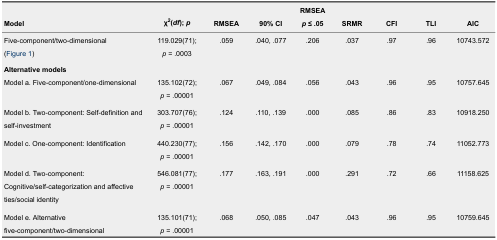
| Model | χ2(df); p | RMSEA | 90% CI | RMSEAp ≤ .05 | SRMR | CFI | TLI | AIC |
 | --- | --- | --- | --- | --- | --- | --- | --- | --- |
 | Five-component/two-dimensional(Figure 1) | 119.029(71);p = .0003 | .059 | .040, .077 | .206 | .037 | .97 | .96 | 10743.572 |
 | <COLSPAN=9> Alternative models |
 | Model a. Five-component/one-dimensional | 135.102(72);p = .00001 | .067 | .049, .084 | .056 | .043 | .96 | .95 | 10757.645 |
 | Model b. Two-component: Self-definition and self-investment | 303.707(76);p = .00001 | .124 | .110, .139 | .000 | .085 | .86 | .83 | 10918.250 |
 | Model c. One-component: Identification | 440.230(77);p = .00001 | .156 | .142, .170 | .000 | .079 | .78 | .74 | 11052.773 |
 | Model d. Two-component: Cognitive/self-categorization and affective ties/social identity | 546.081(77);p = .00001 | .177 | .163, .191 | .000 | .291 | .72 | .66 | 11158.625 |
 | Model e. Alternative five-component/two-dimensional | 135.101(71);p = .00001 | .068 | .050, .085 | .047 | .043 | .96 | .95 | 10759.645 |